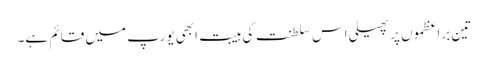
تین براعظموں پر پھیلی اس سلطنت کی ہیبت ابھی یورپ میں قائم ہے۔